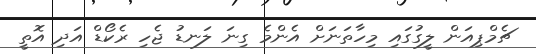
ޗެމްޕިއަން ލީގުގައި މިހާތަނަށް އެންމެ ގިނަ ލަނޑު ޖެހި ރެކޯޑް އަދި އޮތީ